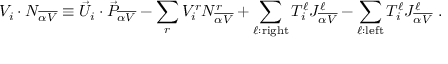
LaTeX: V _ { i } \cdot { \cal N } _ { \overline { { { \alpha V } } } } \equiv { \vec { U } } _ { i } \cdot { \vec { P } } _ { \overline { { { \alpha V } } } } - \sum _ { r } V _ { i } ^ { r } N _ { \overline { { { \alpha V } } } } ^ { r } + \sum _ { \ell : { \mathrm { r i g h t } } } T _ { i } ^ { \ell } J _ { \overline { { { \alpha V } } } } ^ { \ell } - \sum _ { \ell : { \mathrm { l e f t } } } T _ { i } ^ { \ell } J _ { \overline { { { \alpha V } } } } ^ { \ell } ~ .